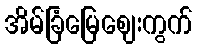
အိမ်ခြံမြေဈေးကွက်